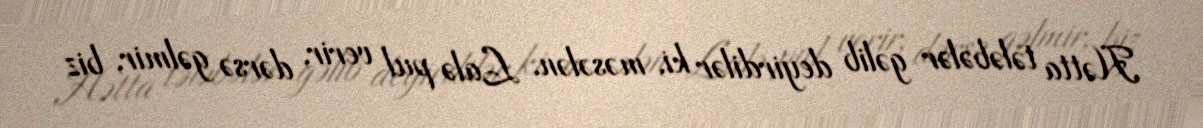
Hətta tələbələr gəlib deyirdilər ki, məsələn, Lalə pul verir, dərsə gəlmir, biz